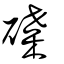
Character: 碟